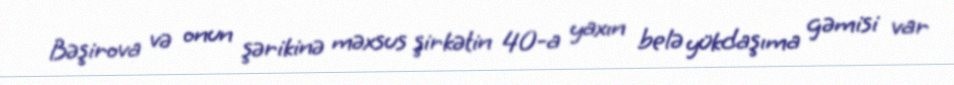
Bəşirova və onun şərikinə məxsus şirkətin 40-a yaxın belə yükdaşıma gəmisi var